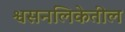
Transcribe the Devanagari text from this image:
श्वसनलिकेतील